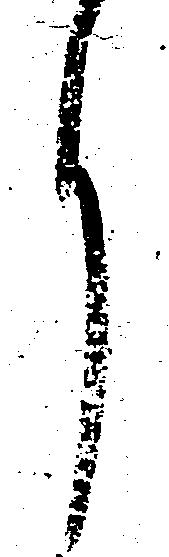
月